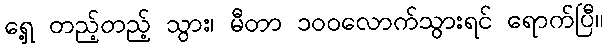
ရှေ့ တည့်တည့် သွား၊ မီတာ ၁၀၀လောက်သွားရင် ရောက်ပြီ။